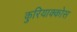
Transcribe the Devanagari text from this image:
कुरियाक्कोस